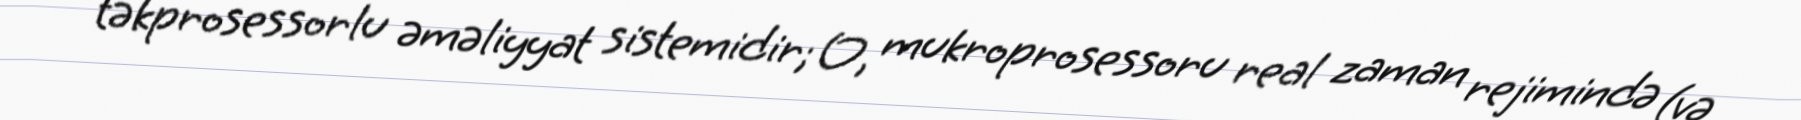
təkprosessorlu əməliyyat sistemidir; O, mukroprosessoru real zaman rejimində (və